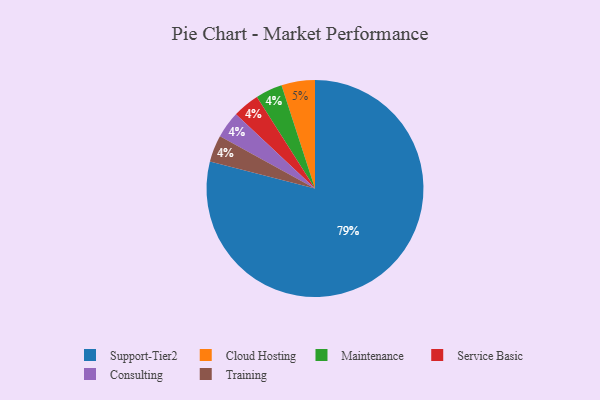
{"axis": {"x": "Category", "y": "Percentage"}, "legend": ["Cloud Hosting", "Consulting", "Maintenance", "Service Basic", "Support-Tier2", "Training"], "data": [{"x": "Maintenance", "y": 4, "type": "Maintenance"}, {"x": "Service Basic", "y": 4, "type": "Service Basic"}, {"x": "Consulting", "y": 4, "type": "Consulting"}, {"x": "Cloud Hosting", "y": 5, "type": "Cloud Hosting"}, {"x": "Support-Tier2", "y": 79, "type": "Support-Tier2"}, {"x": "Training", "y": 4, "type": "Training"}]}